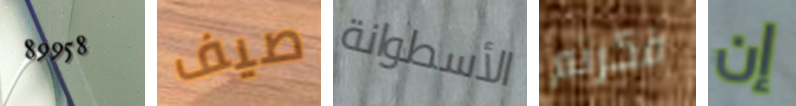
89958 صيف الأسطوانة فكرتم إن